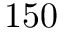
1 5 0